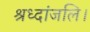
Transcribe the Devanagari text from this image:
श्रध्दांजलि।